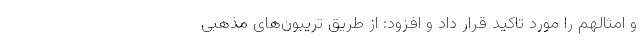
و امثالهم را مورد تاکید قرار داد و افزود: از طریق تریبون‌های مذهبی